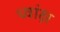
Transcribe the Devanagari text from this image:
ध्वांक्ष